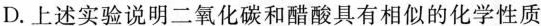
D.上述实验说明二氧化碳和醋酸具有相似的化学性质